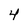
Character: 4